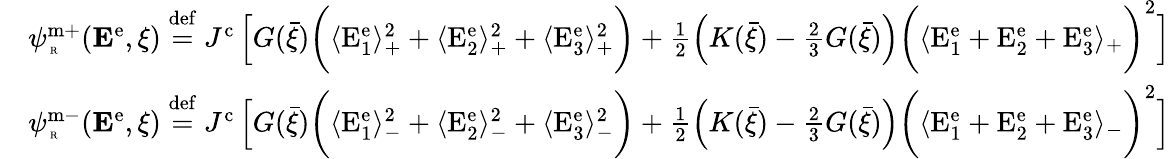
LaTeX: \begin{array}{rl}&{\psi_{\mathrm{\tiny~R}}^{\mathrm{m+}}({\mathbf E}^{\mathrm{e}},\xi)\overset{\mathrm{def}}{=}J^{\mathrm{c}}\left[G(\bar{\xi})\bigg(\langle\mathrm{E}_{1}^{\mathrm{e}}\rangle_{+}^{2}+\langle\mathrm{E}_{2}^{\mathrm{e}}\rangle_{+}^{2}+\langle\mathrm{E}_{3}^{\mathrm{e}}\rangle_{+}^{2}\bigg)+\frac{1}{2}\left(K(\bar{\xi})-\frac{2}{3}G(\bar{\xi})\right)\bigg(\langle\mathrm{E}_{1}^{\mathrm{e}}+\mathrm{E}_{2}^{\mathrm{e}}+\mathrm{E}_{3}^{\mathrm{e}}\rangle_{+}\bigg)^{2}\right]}\\ &{\psi_{\mathrm{\tiny~R}}^{\mathrm{m-}}({\mathbf E}^{\mathrm{e}},\xi)\overset{\mathrm{def}}{=}J^{\mathrm{c}}\left[G(\bar{\xi})\bigg(\langle\mathrm{E}_{1}^{\mathrm{e}}\rangle_{-}^{2}+\langle\mathrm{E}_{2}^{\mathrm{e}}\rangle_{-}^{2}+\langle\mathrm{E}_{3}^{\mathrm{e}}\rangle_{-}^{2}\bigg)+\frac{1}{2}\left(K(\bar{\xi})-\frac{2}{3}G(\bar{\xi})\right)\bigg(\langle\mathrm{E}_{1}^{\mathrm{e}}+\mathrm{E}_{2}^{\mathrm{e}}+\mathrm{E}_{3}^{\mathrm{e}}\rangle_{-}\bigg)^{2}\right]}\end{array}